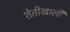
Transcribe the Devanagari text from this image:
शेतीखाली